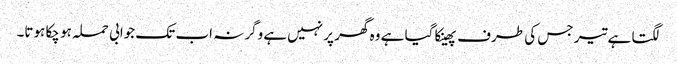
لگتا ہے تیر جس کی طرف پھینکا گیا ہے وہ گھر پر نہیں‌ہے وگرنہ اب تک جوابی حملہ ہو چکا ہوتا۔